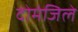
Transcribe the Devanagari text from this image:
दोमंजिले